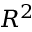
R ^ { 2 }